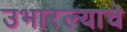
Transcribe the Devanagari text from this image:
उभारल्याचे